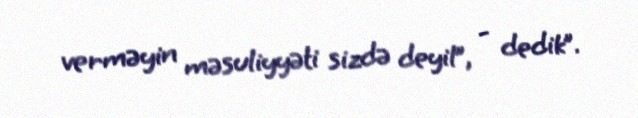
verməyin məsuliyyəti sizdə deyil”, - dedik”.